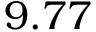
9 . 7 7